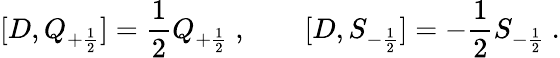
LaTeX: [D,Q_{+{\frac{1}{2}}}]={\frac{1}{2}}Q_{+{\frac{1}{2}}}\ ,\qquad[D,S_{-{\frac{1}{2}}}]=-{\frac{1}{2}}S_{-{\frac{1}{2}}}\ .